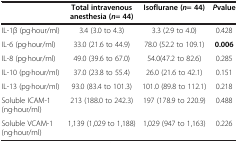
<table><thead><tr><td><b> </b></td><td><b>Total intravenous anesthesia (<i>n </i>= 44)</b></td><td><b>Isoflurane (<i>n </i>= 44)</b></td><td><b><i>P</i>value</b></td></tr></thead><tbody><tr><td>IL-1β (pg·hour/ml)</td><td>3.4 (3.0 to 4.3)</td><td>3.3 (2.9 to 4.0)</td><td>0.428</td></tr><tr><td>IL-6 (pg·hour/ml)</td><td>33.0 (21.6 to 44.9)</td><td>78.0 (52.2 to 109.1)</td><td><b>0.006</b></td></tr><tr><td>IL-8 (pg·hour/ml)</td><td>49.0 (39.6 to 67.0)</td><td>54.0(47.2 to 82.6)</td><td>0.285</td></tr><tr><td>IL-10 (pg·hour/ml)</td><td>37.0 (23.8 to 55.4)</td><td>26.0 (21.6 to 42.1)</td><td>0.151</td></tr><tr><td>IL-13 (pg·hour/ml)</td><td>93.0 (83.4 to 101.3)</td><td>101.0 (89.8 to 112.1)</td><td>0.218</td></tr><tr><td>Soluble ICAM-1(ng·hour/ml)</td><td>213 (188.0 to 242.3)</td><td>197 (178.9 to 220.9)</td><td>0.488</td></tr><tr><td>Soluble VCAM-1(ng·hour/ml)</td><td>1,139 (1,029 to 1,188)</td><td>1,029 (947 to 1,163)</td><td>0.226</td></tr></tbody></table>